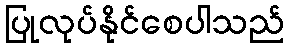
ပြုလုပ်နိုင်စေပါသည်